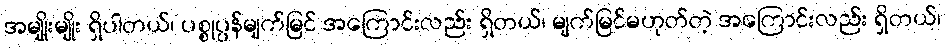
အမျိုးမျိုး ရှိပါတယ်၊ ပစ္စုပ္ပန်မျက်မြင် အကြောင်းလည်း ရှိတယ်၊ မျက်မြင်မဟုတ်တဲ့ အကြောင်းလည်း ရှိတယ်၊